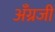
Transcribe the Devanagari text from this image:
अँग्रजी